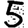
Digit: 5